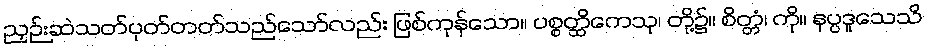
ညှဉ်းဆဲသတ်ပုတ်တတ်သည်သော်လည်း ဖြစ်ကုန်သော။ ပစ္စတ္ထိကေသု၊ တို့၌။ စိတ္တံ၊ ကို။ နပ္ပဒူသေသိ